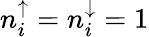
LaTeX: n_{i}^{\uparrow}=n_{i}^{\downarrow}=1